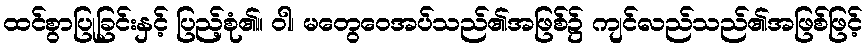
ထင်စွာပြုခြင်းနှင့် ပြည့်စုံ၏။ ဝါ၊ မတွေဝေအပ်သည်၏အဖြစ်၌ ကျင်လည်သည်၏အဖြစ်ဖြင့်